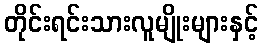
တိုင်းရင်းသားလူမျိုးများနှင့်